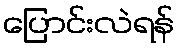
ပြောင်းလဲရန်